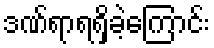
ဒဏ်ရာရရှိခဲ့ကြောင်း